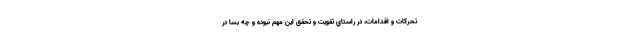
تحركات و اقدامات، در راستاي تقويت و تحقق اين مهم نبوده و چه بسا در